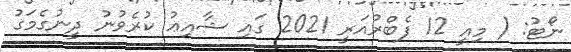
ނޯޓު: ( މިއީ 12 ފެބްރުއަރީ 2021 ގައި ޝާއިޢު ކުރެވުނު ދީނުގެމަގު